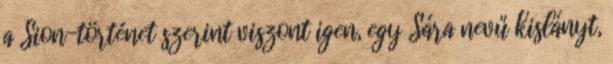
a Sion-történet szerint viszont igen, egy Sára nevű kislányt,